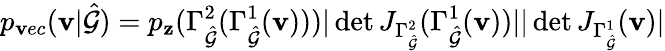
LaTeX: p_{\mathbf{v}ec}(\mathbf{{\mathbf{v}}}|\hat{{\mathcal{{G}}}})=p_{\mathbf{{z}}}(\Gamma_{\hat{{\mathcal{{G}}}}}^{2}(\Gamma_{\hat{{\mathcal{{G}}}}}^{1}(\mathbf{{\mathbf{v}}})))|\operatorname*{det}J_{\Gamma_{\hat{{\mathcal{{G}}}}}^{2}}(\Gamma_{\hat{{\mathcal{{G}}}}}^{1}(\mathbf{{\mathbf{v}}}))||\operatorname*{det}J_{\Gamma_{\hat{{\mathcal{{G}}}}}^{1}}(\mathbf{{\mathbf{v}}})|